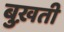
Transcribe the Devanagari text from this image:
बुख़ती